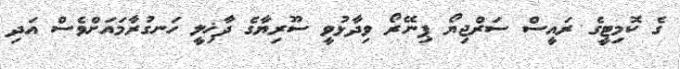
ގެ ކޮމިިޓީގެ ރައީސް ސަރްޖިޔޯ ޕިނޭރޯ ވިދާޅުވީ ސޫރިޔާގެ ދާޚިލީ ހަނގުރާމައަށްވެސް އަދި